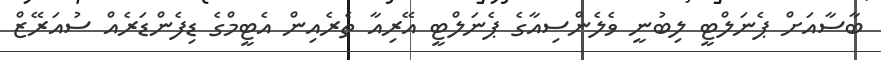
ބާސާއަށް ޕެނަލްޓީ ލިބުނީ ވެލެންސިއާގެ ޕެނަލްޓީ އޭރިއާ ތެރެއިން އެޓީމްގެ ޑިފެންޑަރެއް ސުއަރޭޒް